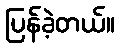
ပြန်ခဲ့တယ်။